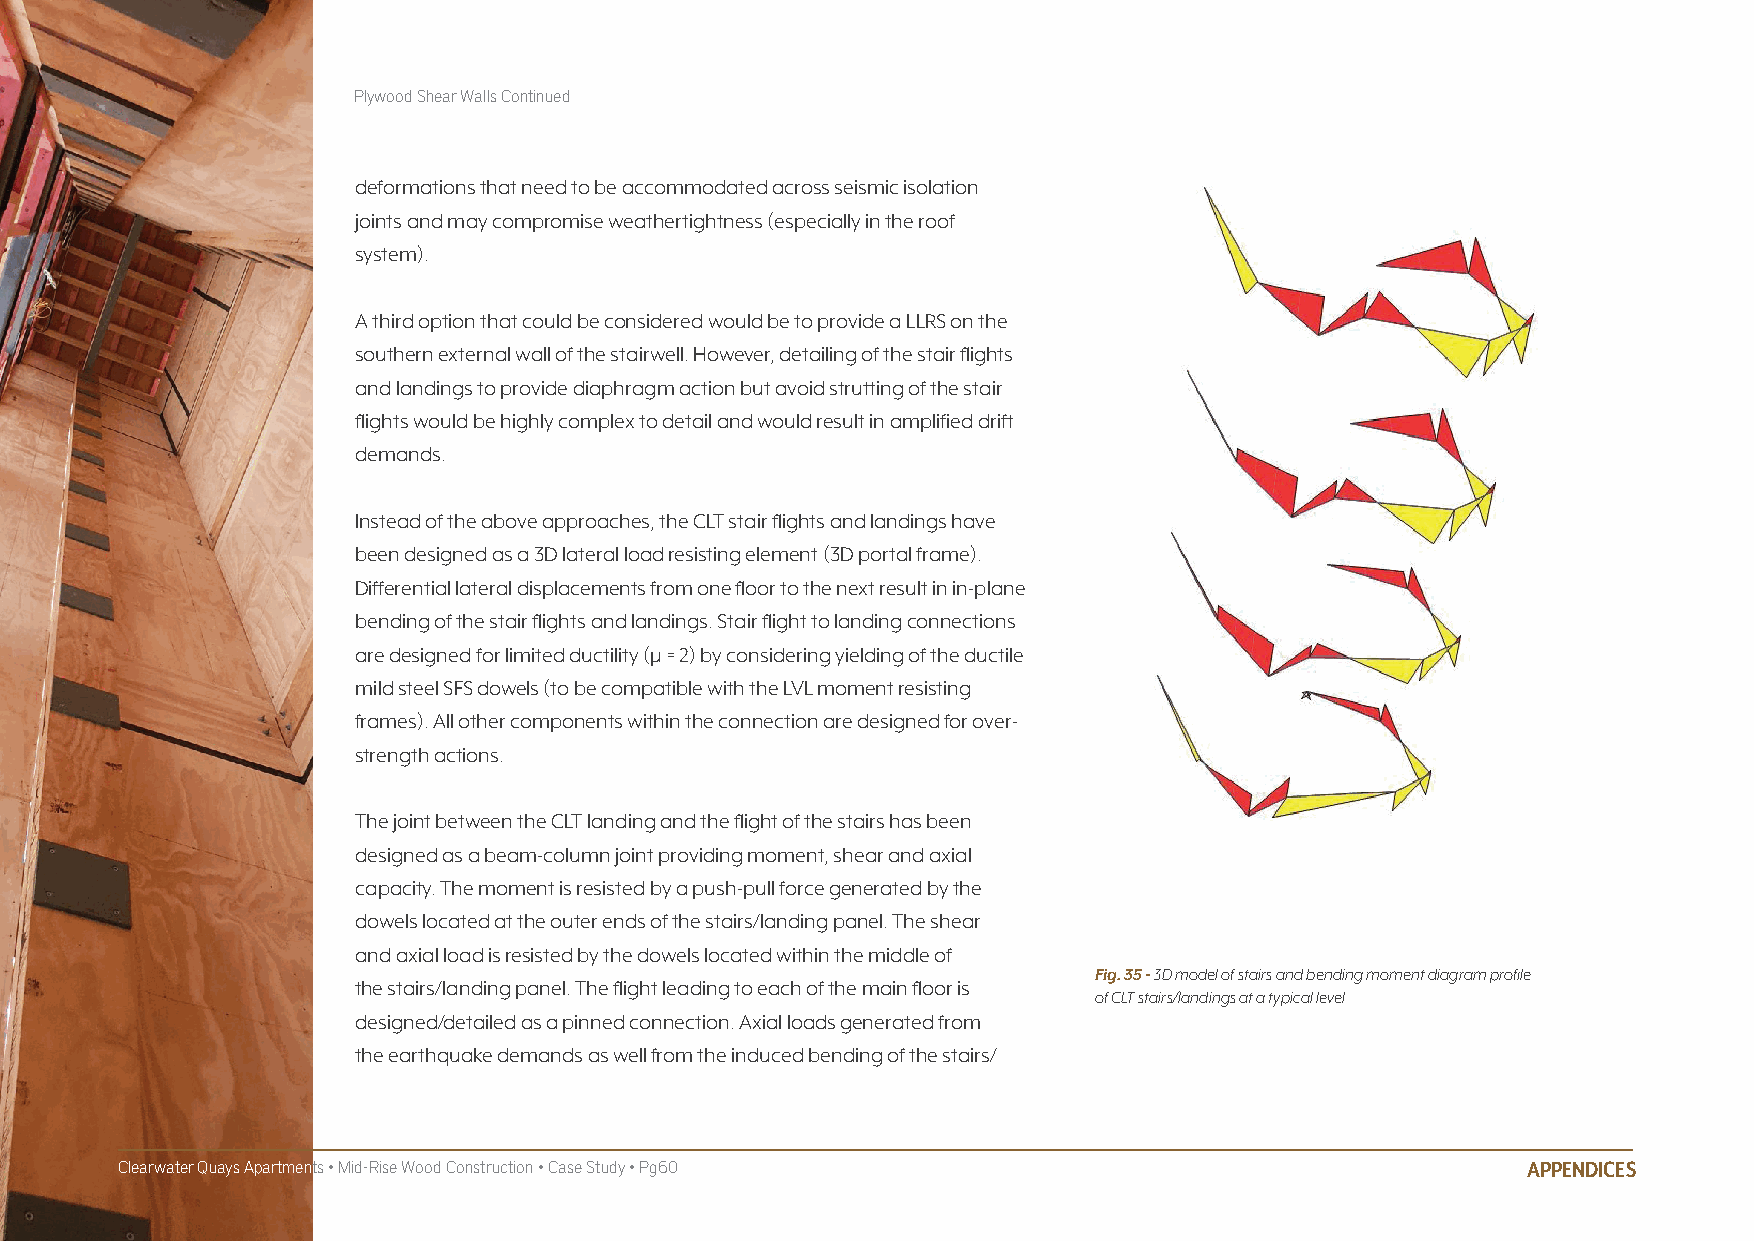
Plywood Shear Walls Continued
 deformations that need to be accommodated across seismic isolation
 joints and may compromise weathertightness (especially in the roof
 system).
 A third option that could be considered would be to provide a LLRS on the
 southern external wall of the stairwell. However, detailing of the stair flights
 and landings to provide diaphragm action but avoid strutting of the stair
 flights would be highly complex to detail and would result in amplified drift
 demands.
 Instead of the above approaches, the CLT stair flights and landings have
 been designed as a 3D lateral load resisting element (3D portal frame).
 Differential lateral displacements from one floor to the next result in in-plane
 bending of the stair flights and landings. Stair flight to landing connections
 are designed for limited ductility (µ = 2) by considering yielding of the ductile
 mild steel SFS dowels (to be compatible with the LVL moment resisting
 frames). All other components within the connection are designed for over-
 strength actions.
 The joint between the CLT landing and the flight of the stairs has been
 designed as a beam-column joint providing moment, shear and axial
 capacity. The moment is resisted by a push-pull force generated by the
 dowels located at the outer ends of the stairs/landing panel. The shear
 and axial load is resisted by the dowels located within the middle of
 Fig. 35 - 3D model of stairs and bending moment diagram profile
 the stairs/landing panel. The flight leading to each of the main floor is
 of CLT stairs/landings at a typical level
 designed/detailed as a pinned connection. Axial loads generated from
 the earthquake demands as well from the induced bending of the stairs/
 Clearwater Quays Apartments • Mid-Rise Wood Construction • Case Study • Pg60                 APPENDICES